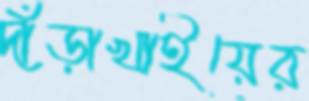
দাঁড়াখাইয়ের